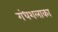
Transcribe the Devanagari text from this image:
गंधशलाका